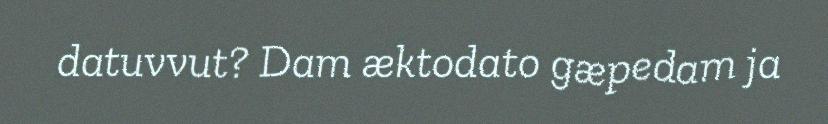
datuvvut? Dam æktodato gæpedam ja